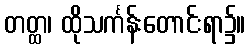
တတ္ထ၊ ထိုသင်္ကန်းတောင်းရာ၌။